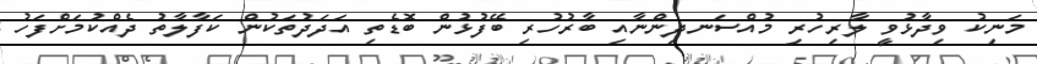
މަނިކު ވިދާޅުވީ ލާރިހުރި މުއްސަނދިންނާއި ބާރުހުރި ބޭފުޅުން ބޮޑެތި އަދަދުތަކުން ކަފާލާތު ދެއްކުމަށްފަހު